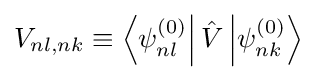
V_{nl,nk}\equiv \left\langle \psi _{nl}^{(0)}\right|{\hat {V}}\left|\psi _{nk}^{(0)}\right\rangle